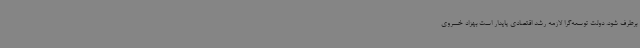
برطرف شود. دولت توسعه‌گرا لازمه رشد اقتصادی پایدار است بهزاد خسروی